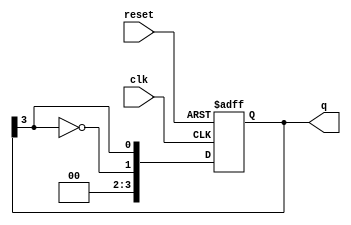
module johnson_counter (
    input wire clk,          // Clock signal
    input wire reset,        // Asynchronous reset signal
    output reg [N-1:0] q     // Counter output
);
    parameter N = 4;         // Number of flip-flops (can be adjusted)

    always @(posedge clk or posedge reset) begin
        if (reset) begin
            q <= 0;         // Initialize counter to 0 on reset
        end else begin
            q <= {~q[N-1], q[N-1:N-1]}; // Shift and feedback inverted last bit
        end
    end
endmodule